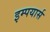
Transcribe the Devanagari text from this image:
इम्पयार्स